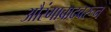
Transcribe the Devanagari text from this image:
औरंगाबादवरून